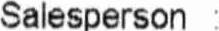
SALESPERSON :